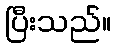
ပြီးသည်။